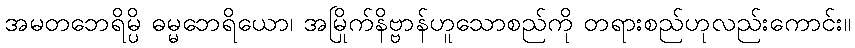
အမတဘေရိမ္ပိ ဓမ္မဘေရိယော၊ အမြိုက်နိဗ္ဗာန်ဟူသောစည်ကို တရားစည်ဟုလည်းကောင်း။